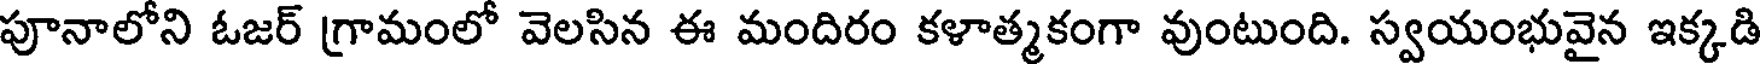
పూనాలోని ఓజర్ గ్రామంలో వెలసిన ఈ మందిరం కళాత్మకంగా వుంటుంది. స్వయంభువైన ఇక్కడి